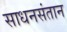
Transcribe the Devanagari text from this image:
साधनसंतान